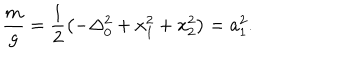
\frac { m } { g } = \frac { 1 } { 2 } \left( - \Delta _ { 0 } ^ { 2 } + x _ { 1 } ^ { 2 } + x _ { 2 } ^ { 2 } \right) = a _ { 1 } ^ { 2 } .